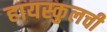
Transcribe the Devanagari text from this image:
हायस्कुलची